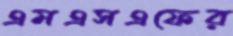
এমএসএফের